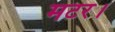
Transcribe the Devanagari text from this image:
मटर।